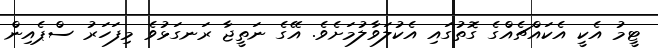
ޓީމު އެކީ އެކައްޗެއްގެ ގޮތުގައި އެކުލަވާލުމަށެވެ. އޭގެ ނަތީޖާ ރަނގަޅުވެ މިފަހަރު ސްޕެއިން